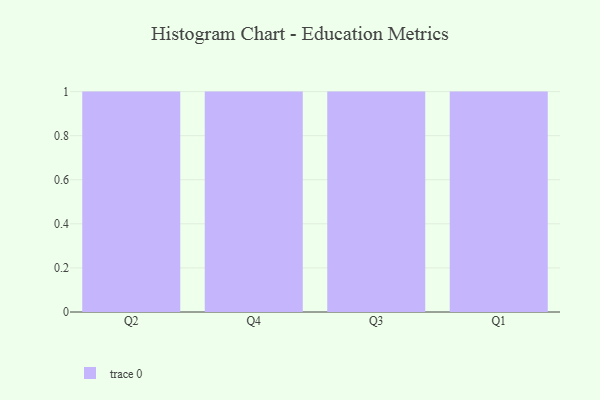
{"axis": {"x": "Quarter", "y": "Bounce Rate (%)"}, "legend": [""], "data": [{"x": "Q2", "y": 87, "type": ""}, {"x": "Q4", "y": 47, "type": ""}, {"x": "Q3", "y": 8, "type": ""}, {"x": "Q1", "y": 32, "type": ""}]}